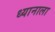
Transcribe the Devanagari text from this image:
ध्यानाला